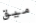
ميق